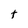
Character: t